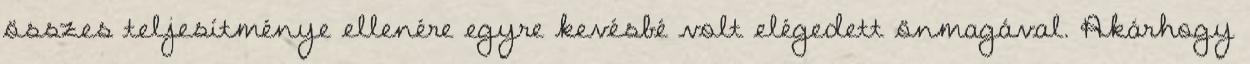
összes teljesítménye ellenére egyre kevésbé volt elégedett önmagával. Akárhogy